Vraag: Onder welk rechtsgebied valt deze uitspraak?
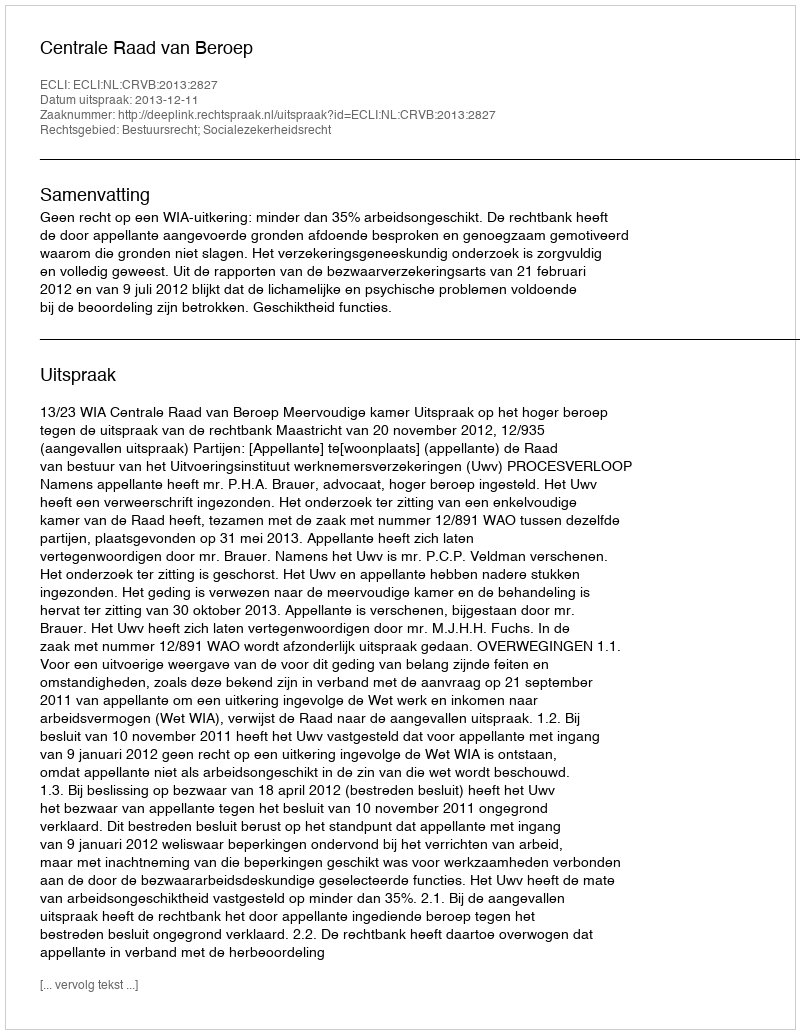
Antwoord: Bestuursrecht; Socialezekerheidsrecht